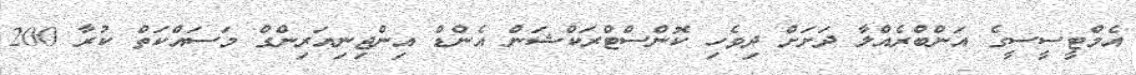
އެމްޓީސީސީގެ އަންބްރެއްލާ ދަށަށް ދިވެހި ކޮންސްޓްރަކްޝަން އެންޑް އިންޖިނިއަރިންގް މަސައްކަތް ކުރާ 200